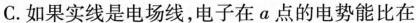
C.如果实线是电场线，电子在a点